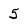
Character: 5